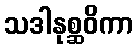
သဒါနုစ္ဆဝိကာ